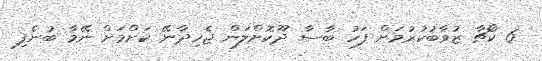
6 ކޯޗާ ޒުވާބުކުރުމަށް ފަހު ބާސާ ދޫކޮށްލަން ޖެހިދާނޭ ކަށްމަށް ނޭމާ ބުނެފި